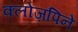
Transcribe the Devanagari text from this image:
क्लोज़पिने